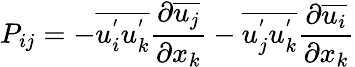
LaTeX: P_{ij}=-\overline{{u_{i}^{'}u_{k}^{'}}}\frac{\partial\overline{{u_{j}}}}{\partial x_{k}}-\overline{{u_{j}^{'}u_{k}^{'}}}\frac{\partial\overline{{u_{i}}}}{\partial x_{k}}